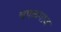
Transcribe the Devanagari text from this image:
चपळगाव